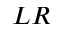
L R